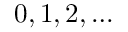
0 , 1 , 2 , \ldots